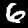
Digit: 6